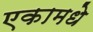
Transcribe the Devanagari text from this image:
एकामधे